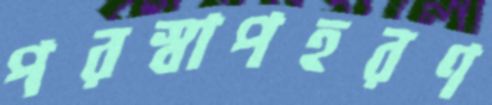
পরস্বাপহরণ